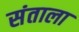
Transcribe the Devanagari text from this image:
संताला